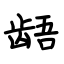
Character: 龉